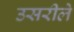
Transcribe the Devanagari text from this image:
उसरीले